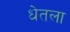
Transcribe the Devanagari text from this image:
धेतला